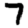
Digit: 7